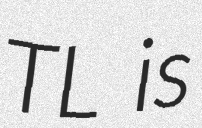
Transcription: TL is